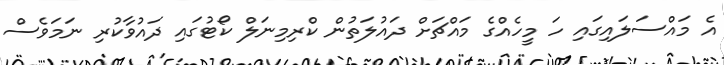
އެ މައްސަލައިގައި ހަ މީހެއްގެ މައްޗަށް ދައުލަތުން ކްރިމިނަލް ކޯޓުގައި ދައުވާކުރި ނަމަވެސް